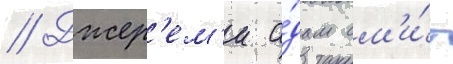
// Джер'ем'и а́дам см'и́т